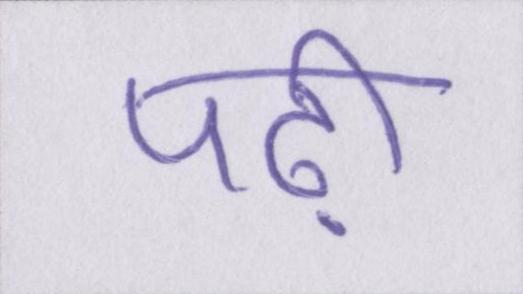
पढ़ी